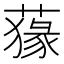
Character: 𦺛